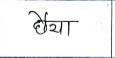
मजकूर: छैया